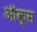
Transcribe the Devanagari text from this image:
ऑक्‍स